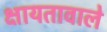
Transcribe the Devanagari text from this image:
क्षायतावाले